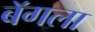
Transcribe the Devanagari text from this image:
बॅगला